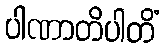
ပါဏာတိပါတိံ